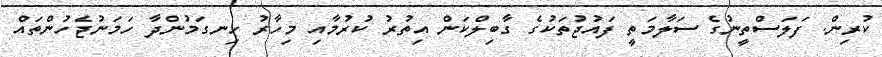
ކުރިން. ފަލަސްތީނުގެ ސަލާމަތީ ފައުޖުތަކުގެ ގާބިލްކަން އިތުރު ކުރުމާއި މިހާރު ހިނގަމުންދާ ހަމަނުޖެހުންތައް